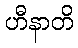
ဟီနာတိ